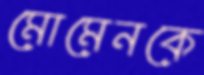
মোমেনকে